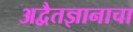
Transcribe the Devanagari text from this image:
अद्वैतज्ञानाचा